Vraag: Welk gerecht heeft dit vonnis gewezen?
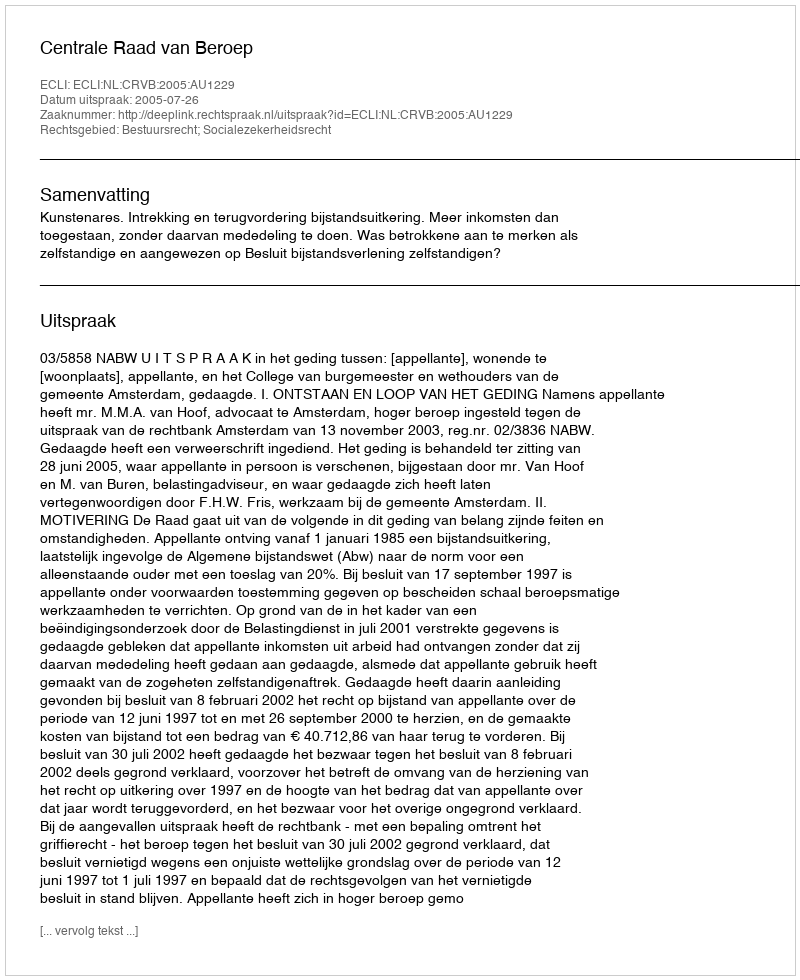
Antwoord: Centrale Raad van Beroep